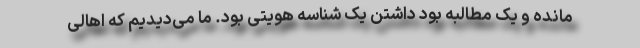
مانده و یک مطالبه بود داشتن یک شناسه هویتی بود. ما می‌دیدیم که اهالی